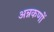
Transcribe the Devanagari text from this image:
अन्नकणों